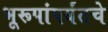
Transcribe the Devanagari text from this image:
भूरूपांपर्यंतचे